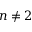
n \neq 2